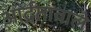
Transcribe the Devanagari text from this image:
आर्द्रतावाले